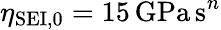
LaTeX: \eta_{\mathrm{SEI,0}}=15\, \mathrm{GPa\, s}^{n}